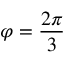
\varphi = \frac { 2 \pi } { 3 }